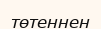
төтеннен